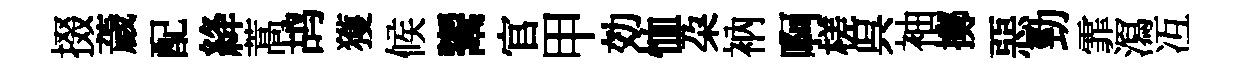
掇薉配絳蒿鸪獲候鬻官甲効恤朶衲啊槎呉袖擲惡勁霏㵼冱